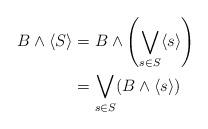
LaTeX: \begin{align*} B \wedge \langle S \rangle &= B \wedge \left( \bigvee_{s \in S} \langle s \rangle \right) \\ & = \bigvee_{s \in S} (B \wedge \langle s \rangle ) \end{align*}